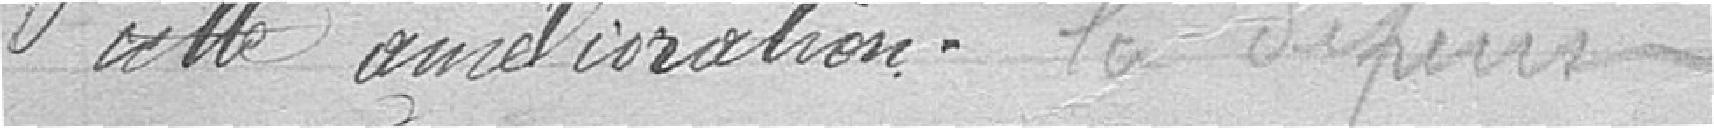
cette amélioration. la dépense